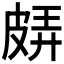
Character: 𤿬